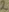
Text: 2